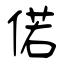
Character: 偌